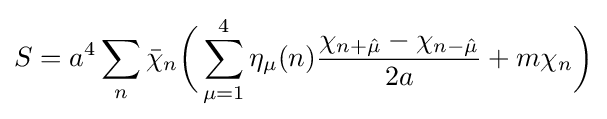
S=a^{4}\sum _{n}{\bar {\chi }}_{n}{\bigg (}\sum _{\mu =1}^{4}\eta _{\mu }(n){\frac {\chi _{n+{\hat {\mu }}}-\chi _{n-{\hat {\mu }}}}{2a}}+m\chi _{n}{\bigg )}